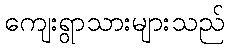
ကျေးရွာသားများသည်